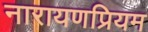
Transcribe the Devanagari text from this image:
नारायणप्रियम